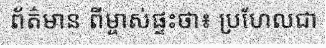
ព័ត៌មាន ពីម្ចាស់ផ្ទះថា៖ ប្រហែលជា